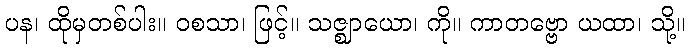
ပန၊ ထိုမှတစ်ပါး။ ဝစသာ၊ ဖြင့်။ သဇ္ဈာယော၊ ကို။ ကာတဗ္ဗော ယထာ၊ သို့။